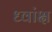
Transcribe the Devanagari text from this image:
ध्वांक्ष